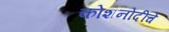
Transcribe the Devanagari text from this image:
कोशनोंदींचे